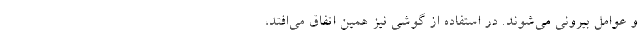
و عوامل بیرونی می‌شوند. در استفاده از گوشی نیز همین اتفاق می‌افتد،